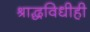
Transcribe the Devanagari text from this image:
श्राद्धविधीही